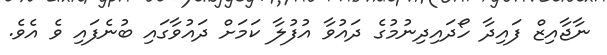
ނާޖާއިޒް ފައިދާ ހޯދައިދިނުމުގެ ދައުވާ އުފުލާ ކަމަށް ދައުވާގައި ބުނެފައި ވެ އެވެ.